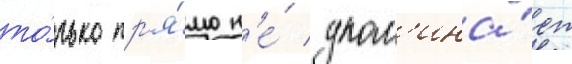
то́лько пр'я́мо н'е́ упом'ина́ет